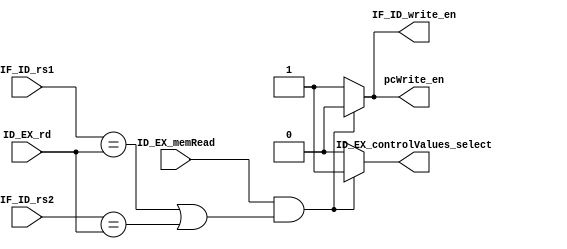
`timescale 1ns / 1ps

module hazard_detection(IF_ID_rs1,IF_ID_rs2,ID_EX_rd,ID_EX_memRead,pcWrite_en,IF_ID_write_en,ID_EX_controlValues_select);



input [4:0] IF_ID_rs1;
input [4:0] IF_ID_rs2;
input [4:0] ID_EX_rd;
input ID_EX_memRead;
output reg pcWrite_en;
output reg IF_ID_write_en;
output reg ID_EX_controlValues_select; 
    
    
always @* begin
    if(ID_EX_memRead&&(( IF_ID_rs1==ID_EX_rd)|| (IF_ID_rs2==ID_EX_rd) )) begin // ld buydugu geldiginde ve ex'teki rd ile decoddaki rs1 veya rs2 esit oldugunda
        pcWrite_en=0;
        IF_ID_write_en=0;
        ID_EX_controlValues_select=1; // contorl sinyallerini gecirme        
    end
        
    else begin
        pcWrite_en=1;                
        IF_ID_write_en=1;            
        ID_EX_controlValues_select=0; // contorl sinyallerini gecir 
    
        
    end


end    
    
    
    
    
endmodule